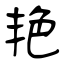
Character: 艳